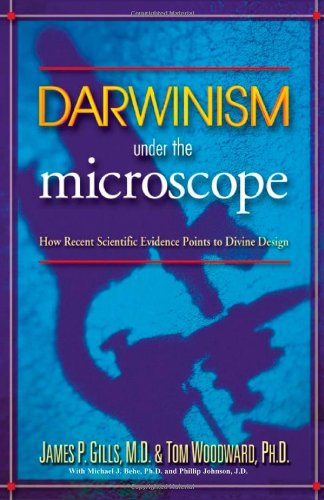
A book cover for Darwinism Under The Microscope: How recent scientific evidence points to divine design; Dr. James P. Gills M.D.; Christian Books & Bibles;